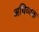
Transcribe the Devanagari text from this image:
अधिव्यक्त